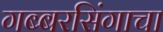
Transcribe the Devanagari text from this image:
गब्बरसिंगाचा